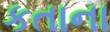
કતાના